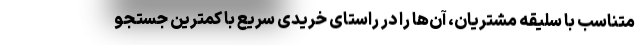
متناسب با سلیقه مشتریان، آن‌ها را در راستای خریدی سریع با کمترین جستجو